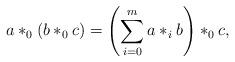
LaTeX: \begin{align*}a\ast_0(b\ast_0 c) = \left(\sum_{i=0}^m a\ast_i b\right)\ast_0 c, \end{align*}